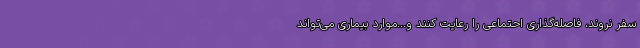
سفر نروند، فاصله‌گذاری احتماعی را رعایت کنند و...موارد بیماری می‌تواند